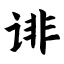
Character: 诽